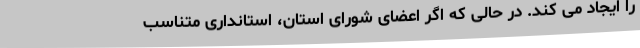
را ایجاد می کند. در حالی که اگر اعضای شورای استان، استانداری متناسب